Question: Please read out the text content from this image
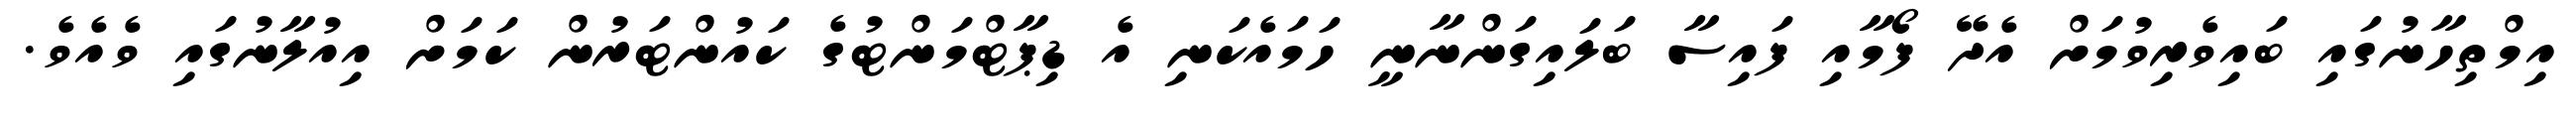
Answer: އިމްތިހާނުގައި ބައިވެރިވުމަށް އެދޭ ފޯމާއި ފައިސާ ބަލައިގަންނާނީ ހަމައެކަނި އެ ޑިޕާޓްމަންޓުގެ ކައުންޓަރުން ކަމަށް އިއުލާނުގައި ވެއެވެ.